Bréfritari: Soffía Daníelsdóttir
Viðtakandi: Jakobína Magnúsdóttir og Daníel Halldórsson
Dagsetning: A-1903-09-19
Skrifað á: Skeggjastöðum  N-Múl.
Soffía var dóttir Jakobínu og Daníels

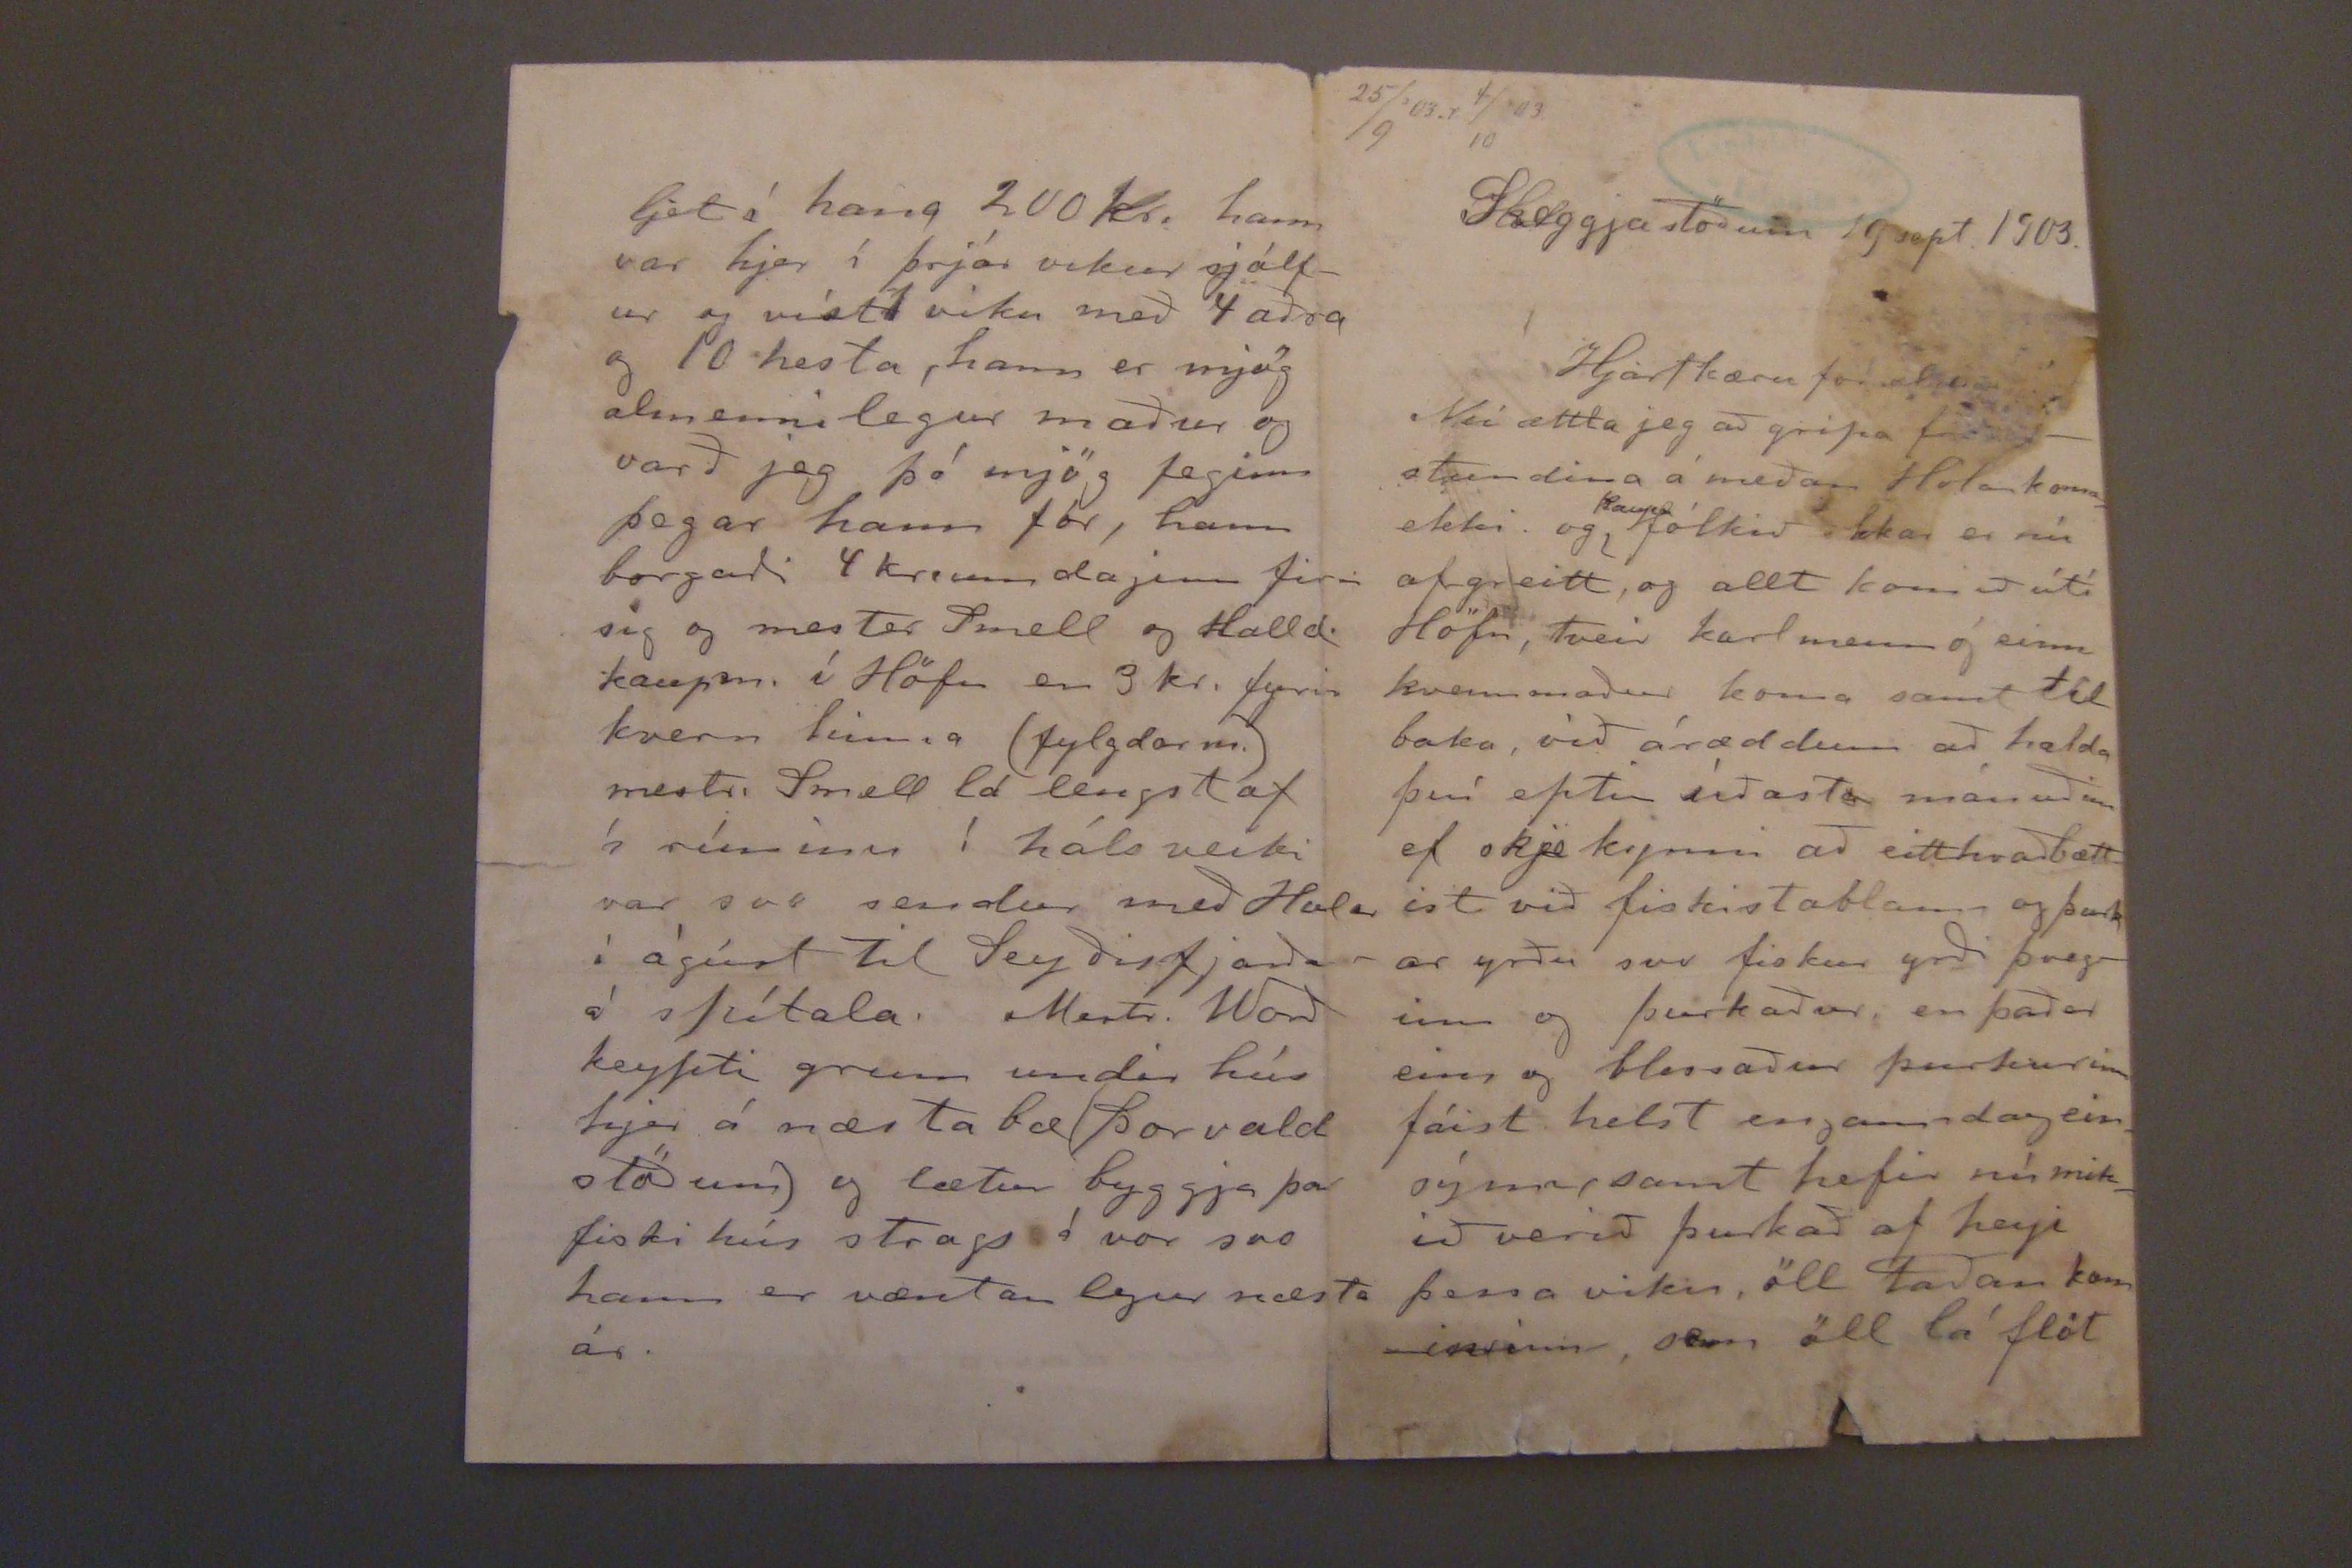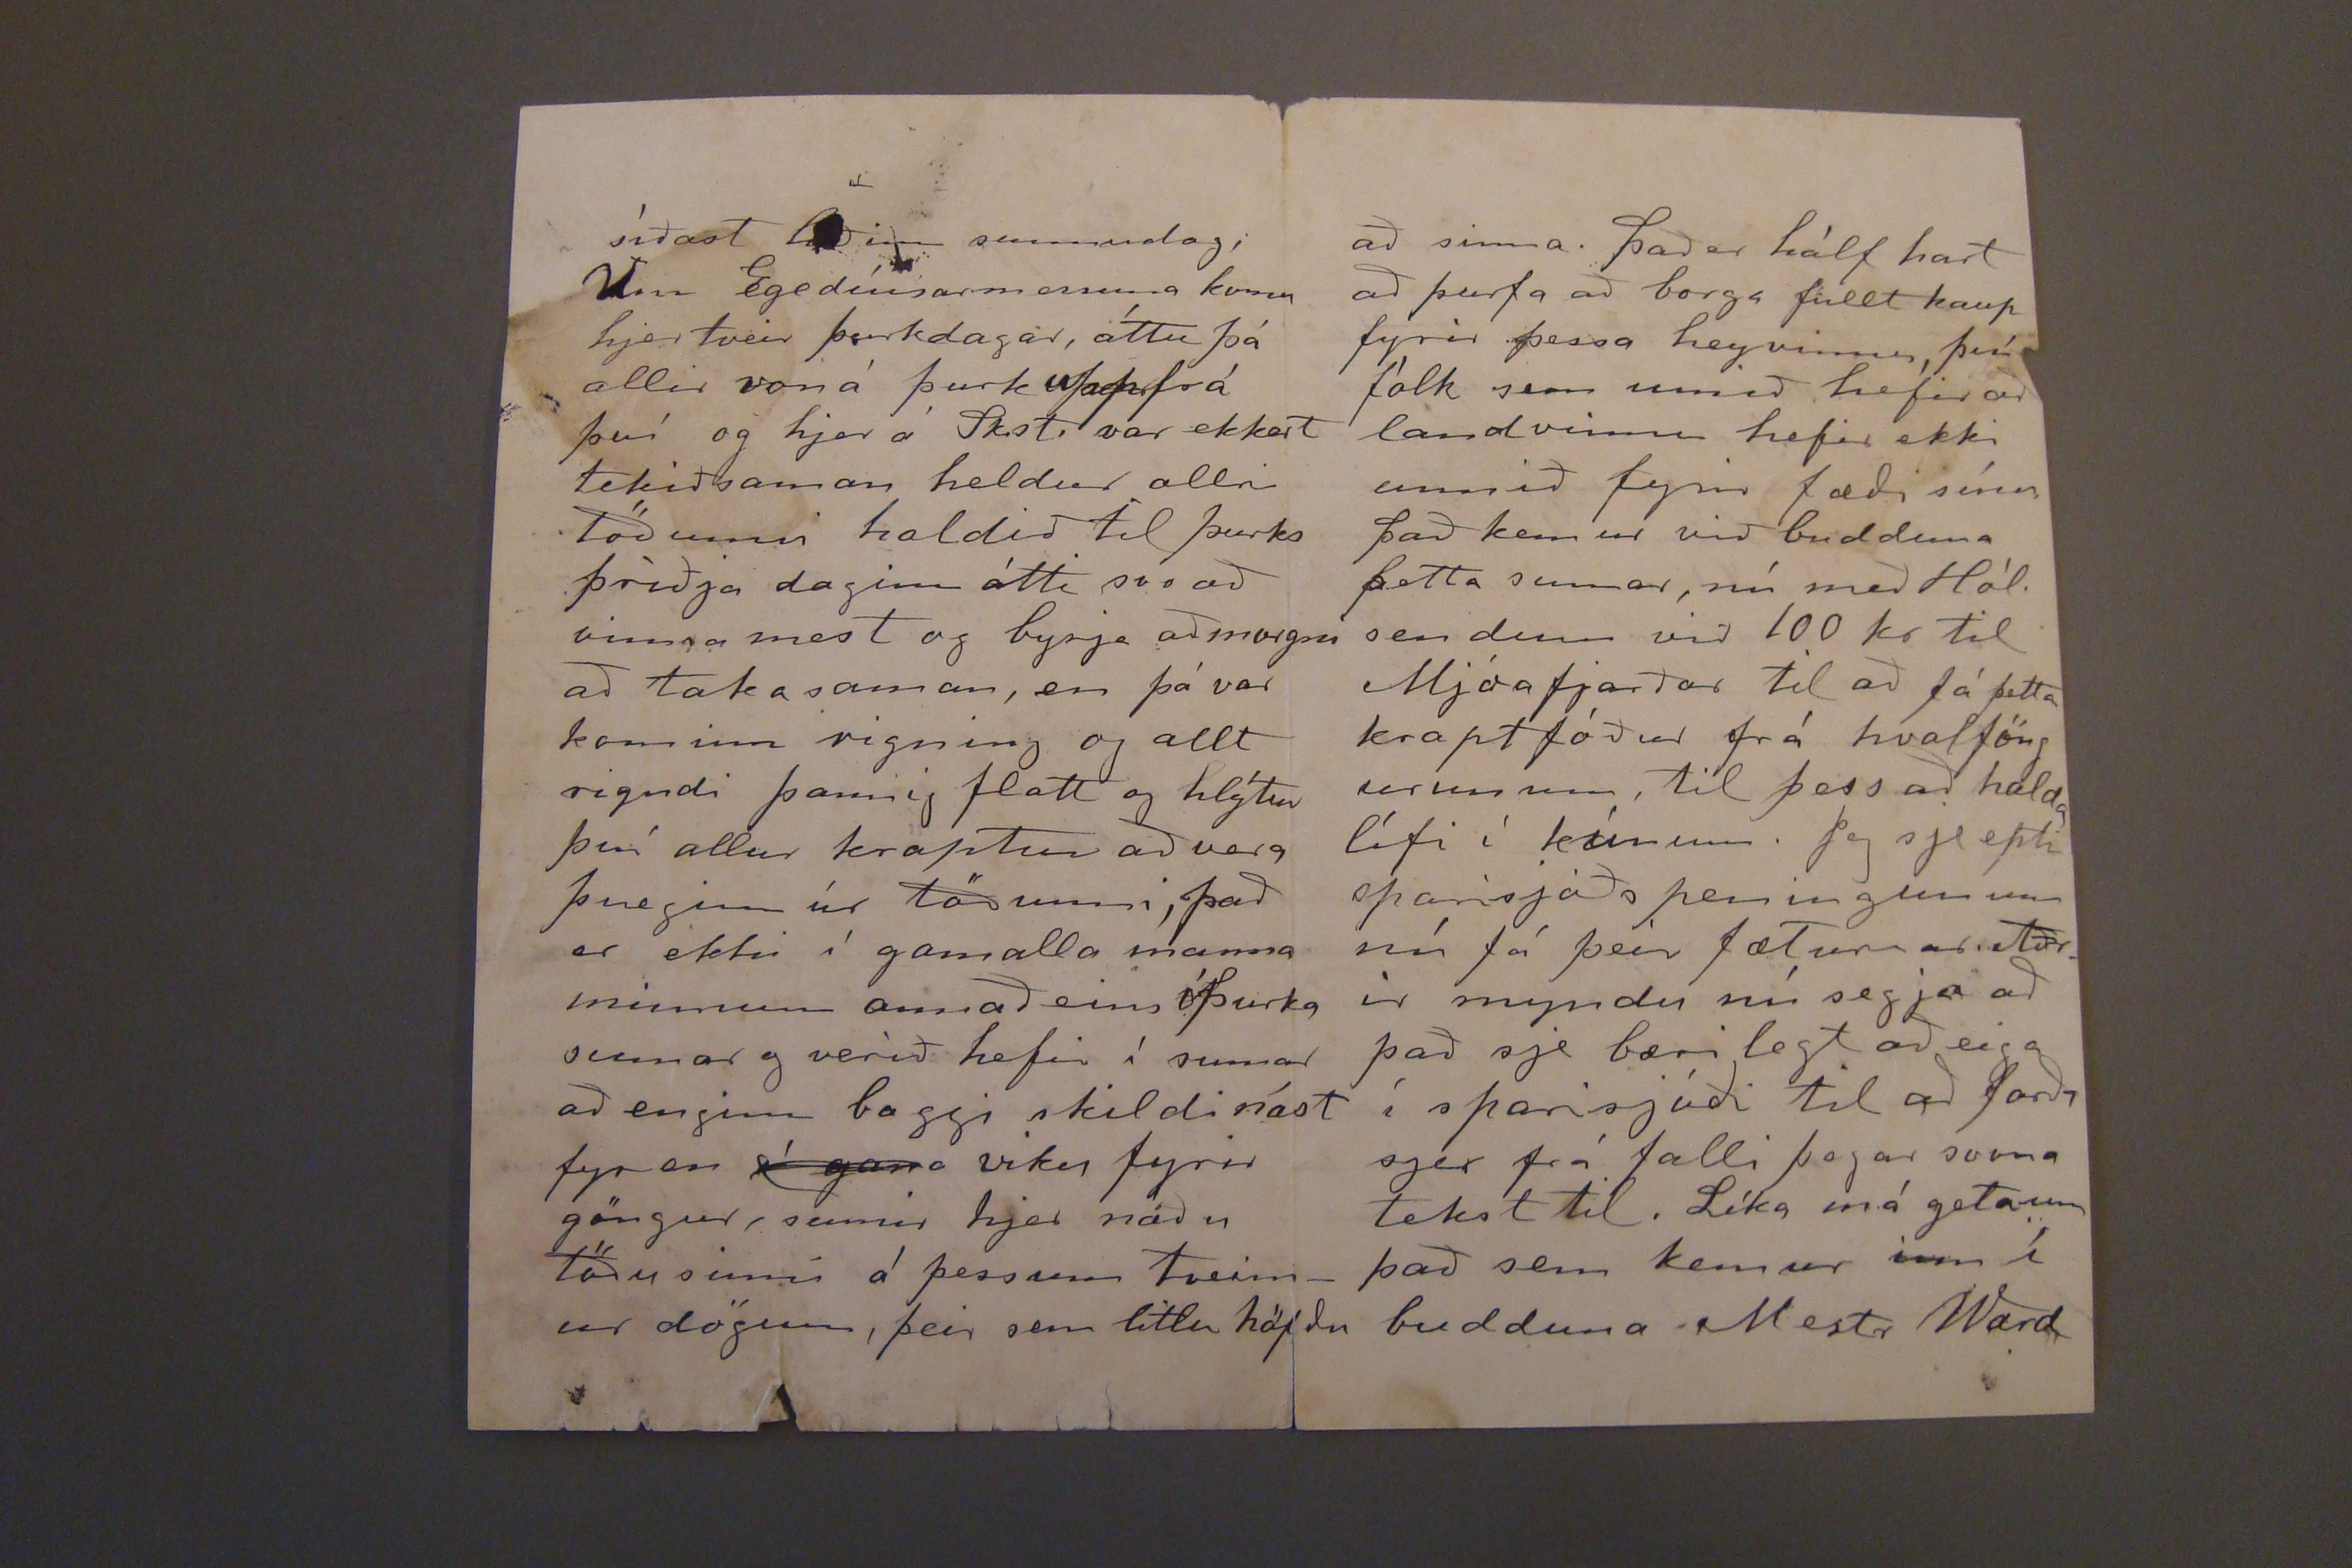

25/9'03.r 4/10'03
Skeggjastöðum 19. sept 1903.
Hjartkæru foreldrar!
Nú ættla jeg að gripa
friðarstundina
á meðan Hólar koma ekki og (uppi/kaupa/)fólkið okkar er nú af greitt, og allt komið að útí Höfn, tveir karlmenn og einn kvennmaður koma samt til baka, við áræddum að halda því eptir síðasta mánuðinn ef skje kynni að eitthvað bættist við fiskistablann og þurk ar yrðu svo fiskur yrði þveginn og þurkaður en það er eins og blessaður þurkurinn fáist helst engann dag einsýnn, samt hefir nú mikið verið þurkað af heyi þessa viku, öll Taðan kominninn, sem öll lá flöt
síðast liðinn sunnudag; Um Egedíusarmessuna komu hjer tveir þurkadagar, áttu þá allir von á þurk
afaeþafrá
því og hjer á Sk.st. var ekkert tekið saman heldur allri töðunni haldið til þurks þriðja daginn átti svo að vinna mest og byrja að morgni að taka saman, en þá var kominn rigning og allt rigndi þannig flatt og hlýtur þv´ði allur kraptur að vera þveginn úr töðunni, það er ekki í gamalla manna minnum annað eins óþurka sumar og verið hefir í sumar að enginn baggi skildi nást fyr en
í gana
viku fyrir göngur, sumir hjer náðu töðu sinni á þessum tveimur dögum, þeir sem litlu höfðu
ljet í hana 200 kr. hann var hjer í þrjár vikur sjálfur og víst 1 viku með 4 aðra og 10 hesta, hann er mjög almennilegur maður og varð jeg þó mjög feginn þegar hann fór, hann borgaði 4 kr, um daginn firir sig og mester Smell og Halld. kaupm. í Höfn en 3 kr. fyrir kvern hinna. (fylgdarm.) mestr. Smell lá lengst af í rúminu í hálsveiki var svo sendur með Holar í ágúst til Seyðisfjarðar á spítala. Mestr. Word keypti grunn undir hús hjer á næsta bæ (þorvald stöðum) og lætur byggja þar fiski hús strags í vor svo hann er væntan legur næsta ár.
að sinna. það er hálf hart að þurfa að borga fullt kaup fyrir þessa heyvinnu, því fólk sem unnið hefir að landvinnu hefir ekki unnið fyrir fæði sínu það kemur við budduna þetta sumar, nú með Hól. sendum við 100 kr til Mjóafjarðar til að fá þetta kraptfóður frá hvalföng urunum, til þess að halda lífi í kúnum. Jeg sje epti sparisjóðs peningunum nú fá þeir fæturnar Aðrir myndu nú segja að það sje bæri legt að eiga í sparisjóði til að forða sjer frá falli þegar svona tekst til. Líka má geta um það sem kemur inn í budduna Mestr Ward